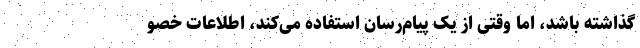
گذاشته باشد، اما وقتی از یک پیام‌رسان استفاده می‌کند، اطلاعات خصو